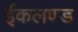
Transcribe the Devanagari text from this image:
ईकलण्ड